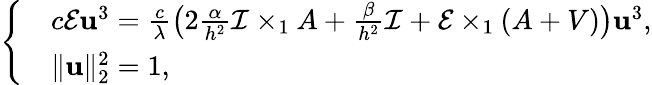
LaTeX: \left\{ \begin{array}{rl}&{c\mathcal{E}\mathbf{u}^{3}=\frac{c}{\lambda}\big(2\frac{\alpha}{h^{2}}\mathcal{I}\times_{1}A+\frac{\beta}{h^{2}}\mathcal{I}+\mathcal{E}\times_{1}(A+V)\big)\mathbf{u}^{3},}\\ &{\| \mathbf{u}\| _{2}^{2}=1,}\end{array}\right.